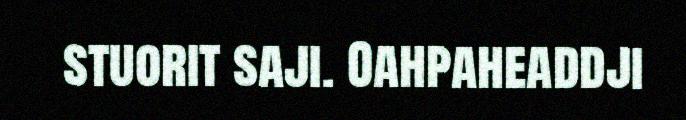
stuorit saji. Oahpaheaddji